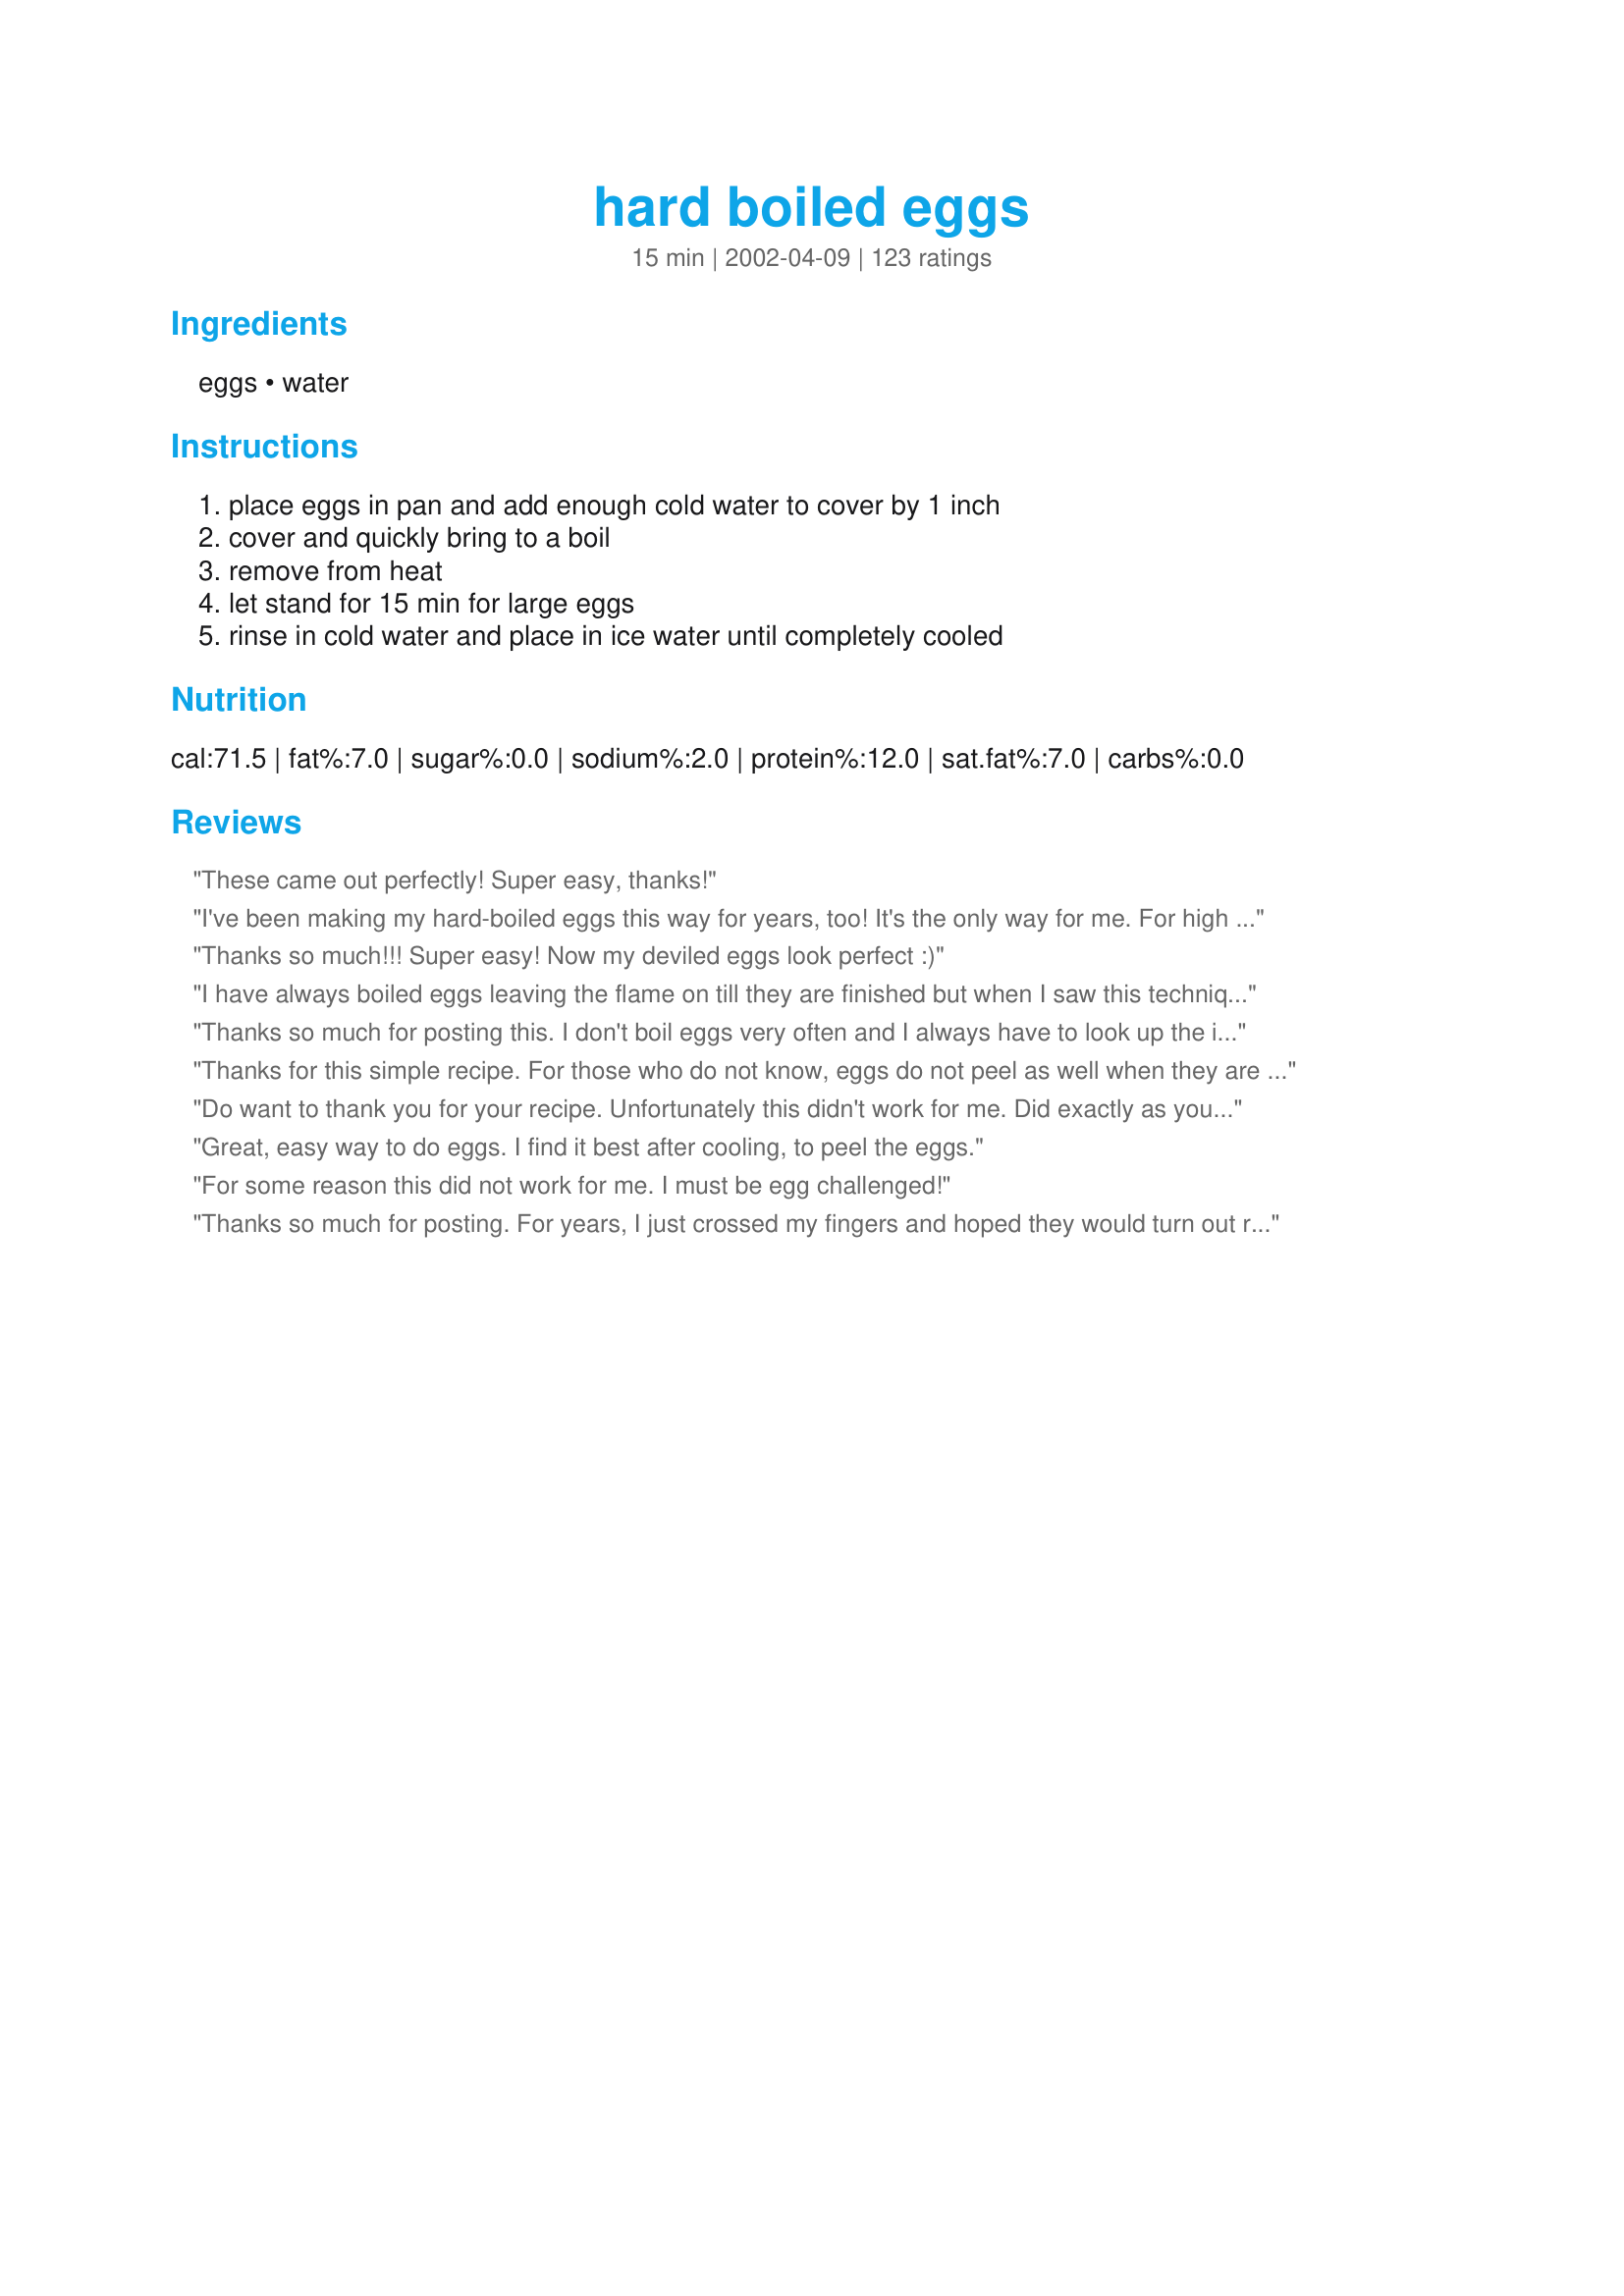
hard boiled eggs
Preparation time: 15 minutes

Ingredients:
eggs, water

Steps:
place eggs in pan and add enough cold water to cover by 1 inch, cover and quickly bring to a boil, remove from heat, let stand for 15 min for large eggs, rinse in cold water and place in ice water until completely cooled

Reviews:
These came out perfectly! Super easy, thanks!
I've been making my hard-boiled eggs this way for years, too! It's the only way for me. For high altitude in Colo. I bring to a full boil for 1 minute and then cover and rest for 18 minutes. In regular altitude I let rest for 14 minutes. I use the large eggs. I make a lot of egg salad and highly recommend this way.

Roxygirl in Colo.
Thanks so much!!! Super easy! Now my deviled eggs look perfect :)
I have always boiled eggs leaving the flame on till they are finished but when I saw this technique I just had to try it. It worked perfectly! Beautiful hard boiled egg without using all that gas. I will use this method often. Thanks for sharing.
Thanks so much for posting this. I don't boil eggs very often and I always have to look up the instructions.
Thanks for this simple recipe. For those who do not know, eggs do not peel as well when they are too fresh. If you let them sit in your fridge for a couple of weeks first, or buy them closer to their due date, then they will peel much more easily. This is fairly commonly known.
Do want to thank you for your recipe. Unfortunately this didn't work for me. Did exactly as your recipe specifies using regular sized eggs, not large or jumbo. I've tried different methods, but never seem to get it right. Could my problem be that we live in high altitude? From all the reviews you have received, it should have worked. Help!! I've even been told by an elderly rancher that the eggs must be old eggs, not newly layed and that doesn't work either.
Great, easy way to do eggs. I find it best after cooling, to peel the eggs.
For some reason this did not work for me. I must be egg challenged!
Thanks so much for posting. For years, I just crossed my fingers and hoped they would turn out right. I've spent hours slowly peeling tiny specks of shell just to have big chunks of the egg white come off with them. (Makes for very ugly deviled eggs!) I've tried this method 3 times now, and it was perfect peeling every time. Thanks!
First time, and perfect! I did 3 and it works with the same great results. 70 years old, and I never boiled a perfect egg until now! I thought the yokes were supposed to be green, the eggs as hard as a rubber ball, and the peeling to make you return to church on a regular basis to beg forgiveness for all the bad words that spewed from your mouth while you were peeling the eggs. Guess I will still go to church, its part of my life now, we just have to pray for those souls that did not find this recipe in their young age. Well, I guess it's true, the best does come last. Thanks shortstuff!
This recipe was just great. I've ALWAYS had problems hard boiling eggs but I've finally found a recipe that worked for me!!! The eggs I used were HUGE and I ended up leaving them in for 20 minutes. They were fully cooked and most of them peeled easily. I did add a splash of vinegar as another reviewer suggested. Thanks for finally helping me to conquer hard-boiled eggs!!!
I used to get SO SO SO frustrated by trying to boil eggs. I like my eggs to peel easy and I like them to be cooked all the way through. This recipe does both of those! I am so thankful for this technique.
the only thing i can add....

keep the lid on the pan during the 15 minutes....this allows the steam to finish the cooking procedure....
Perfect Egg! Thanks!
This is how I hard-boil my eggs and they come out EGGcellent everytime. I don't know what planet "jiva das" is from but when I make hardboiled eggs I don't have all day to wait for them to be done...however the pickle juice does sound interesting in making the deviled eggs.
Worked great, thanks!
Simply outstanding, works every time and shells are easily removed. Thanks for sharing!
Didn't work for me. Inside wasn't cooked.
Ok, I know what your thinking, A recipe for boiling eggs ha ha!! But this "method" really does work great. In the past I would just boil for awhile and get eggs that were green or overdone. This does not happen with this recipe. Thanks for tip.
Sorry...I just dumped 8 raw eggs after using this method. This is the 2nd time of tried this type of method for hard boiled eggs and both times it didn't work at all. I brought eggs to a rolling boil and put lid on and let sit for 18 minutes (for large eggs!) and still the yolks weren't done in the center. They peeled nicely...but not done. I never really had a method for hardboiled eggs other than to just lightly boil it for about 15 minutes. Always turned out fine (maybe a bit overdone on the yolk or a bit hard to peel) but at least I knew they were going to come out done. I wanted this to work for me since it gave set parameters and my other method was pure luck. I think I have to go back to my old method until I find something more certain since I don't like throwing away eggs. Thanks anyway! EDIT: For anyone experiencing my problem, you can try Kittencal's Perfect Hard-Boiled Eggs Recipe #259573. I cooked and peeled my first perfect egg using this method instead.
Easy and came out perfect!
Thank you all so much for these tips - Gram's potato salad looks as good as it tastes for once without the dark rings around the eggs!!! This type of info is invaluable & believe it or not, everyone does not know these things....
Perfect!
This is exactly the way my mom taught me to make them! They come put perfect every time. If you crack them and peel them in water, they peel really easily too...

Thanks for sharing :)

Linda
Thanks for a great easy method on cooking something so simple. Worked for me and I'll make my hard-boiled eggs this way all the time!
I have always guessed about the details for hard boiling an egg, and now I don't have to guess anymore! This turned out perfectly! Thanks!
I do this all the time. It makes perfect hard boiled eggs without the green sulfur ring (from overcooking them. Saves energy too. I let my rice cooker do double duty by putting eggs in with my washed rice; when the rice is done, so are the eggs and it all gets done without the extra pot to clean (although the rice does stick to the egg shells).
This works great! Used this method for doing the hard boiled eggs for dyeing eggs. Thanks!
I always just put aggs in water and let it stay in boiling water for 12-15 minutes but this was easier! Didn't have to watch it after it boiled. The yolk was a nice yellow (not that green color) Thanks!
This is basically how I do it. Except I bring to boil,leave on stove(electric)element, cover for 20 min. Drain water out and replace with crushed or regular ice cubes. Let cool and will peel easily.
This worked well. I had learned this method in the past but forgotten to write it down. So glad you posted it so that it's at my fingertips. Thanks shortstuff.
Perfection every time! Thanks for posting!
I LOVE this method. You get perfect eggs every single time. Thank you!
Might as well say it again - perfect!
Thanks for posting this wonderful instruction for hard-boiled "perfect" eggs. I followed this exactly, (mine were medium) and let sit for exactly 12 minutes, dipped right into the ice water/ice bath, let sit for 20 minutes, peel came right off after cracking and presto! a perfect hard-boiled egg. Thanks! Made for *I Recommend* tag game. June 2009
I'm wary of bring eggs to a boil in water, since this prolongs their exposure to heat, which is what turns the sulphur in them that lovely shade of green! I was taught to cook both by my Mom and other chef-type professionals, and I still boil eggs the following way: choose the smallest pan you have for the number of eggs you want to HB, you don't want them to bump around too much while they simmer. Cover the eggs with water; remove eggs. Bring water to a boil, add a dash of plain vinegar, and gently lower eggs into the boiling water and simmer for 12 minutes. Rinse eggs and cool in cold running water until they are aren't giving off any more heat, or alternately, immerse in ice water.
No grey ring and easy to peel. Perfect! Thanks for posting your technique.
These eggs almost peeled themselves and the yolk was the most beautiful yellow color ever! I will be using this method from now on! I put in a bit of vinegar just to be safe. Thank you so much!
Thanks for this post! I needed hard boiled eggs for another recipe and realized I'd never made them and no clue regarding technique and timing. I followed these directions precisely for large eggs and they were perfect!
I,for one, appreciate this recipe being posted. My hard boiled eggs have never turned out "just right" and with this recipe they are perfect every time. The shells remove easily, the insides are cooked all the way through and aren't too dry,etc. I appreciate you posting this recipe! It worked great for us :)
This works great. It's just hard for me to decide how long to let stand in the hot water because I have different sized fresh eggs. Some work for me and some are hard to get the shell off, BUT- NO GREEN STUFF!!! TY!
This was SO easy and really, really helped with the peeling process. I used it to make hard boiled eggs for Recipe #97190. Thanks for sharing!
Thumbs up to someone for adding a basic recipie.. not only do beginner cookers need to know this, but some of us can use a refresher at times, too!
I love how easy this method is--especially since I always have trouble knowing if my eggs are cooked so I overcook to compensate ;). That said, mine had a tiny touch of softness in the center of the yolk, so if you like your eggs well done I would leave them in the water for a few extra minutes. Thanks for posting! Made for Top Favorites of 2009 tag.
Perfect recipe - this is my new standard for hard-boiled eggs. They came out absolutely perfect and, in turn, made a fabulous egg salad sandwich. Thanks for this keeper!! :-)
Very nice! Thanks for posting this. This is a great recipe to take the guess work out of hard boiled eggs.
I made eggs the other day, and talk about a ragged mess. I remembered a recipe on Zaar that people raved about, and wasn't sure it was this one. I'm still not sure, BUT THIS IS WONDERFUL. I had put the eggs in water last nite, and forgotten them. Two eggs were cracked when I began this recipe. Even those two eggs came out perfect. The shells came off easy, and almost in one piece. No raggedy pieces. I've been making boiled eggs for 50 years now, and this absolutely was the best way to cook them. Thanks, shortstuff, for this "recipe".
I didn't know one needed a recipe to boil an egg. Is there one for boiling water that I missed?
I still give it 5 stars but the recipe needs to be re-reviewed as its not for hard boiled eggs but "hard cooked"... and the recipes source is actually from the incredible egg company which has recently posted the recipe on facebook which was obviously not available back when the recipe was posted...<br/><br/>http://www.facebook.com/photo.php?fbid=376643422701&set=a.376643132701.156601.46672017701
This method didn't work for me. Maybe an altitude problem. The yolks were slightly undercooked and the shells stuck to the whites. They were okay sliced up in potato salad or just for eating on their own, but they definitely weren't going to cut it for deviled eggs like I planned. DH made a new batch. He boiled the water before adding the eggs and let them simmer over low heat, then cooled them in ice water. They turned out much better his way. Thanks anyway.
This is no way to cook eggs!
 First, use a pin to punch a hole in the big end of the eggs. This prevents cracking, that is caused by expansion of the air bubble in the big end.
 Cover the eggs well with COLD water. Cover the pan, and bring to a boil over medium heat (this method works only on an electric stove). As soon as the water is bopiling, turn off the heat. Leave the pot on the element.
 After some hours, once the water is at room temperature, peel the eggs (use a spoon to crack the shell all over, then, under a running tap, roll the egg between your palms. The shell can then be easily removed.
 DEVILED: Slice an egg lengthwise. Spoon out the yolk. Repeat for the rest of the eggs.
Add a spoon of DILL PICKLE JUICE (!), season to taste, mash the lot with a fork, and spoon into the egg-white halves. Or use CURRY instead of the pickle brine. Or EXPERIMENT!
The yolks turned out perfect, but peeling these eggs didn't work too well. Too much of the whites came off.
Perfect hard-boiled eggs. Thanks for posting this simple, yet essential recipe.
This is how I always make my eggs...the yolks are a beautiful yellow with none of that gross grey ring! It works for as many eggs you need...from 1- as many will fit in your pot. Great technique that is fool proof each and every time!!!
I gave this 5 stars. Almost like I do mine. I set my eggs and water on the stove turn on the heat and when the water begins to boil I boil my eggs for 20 minutes. Perfect eggs every time. I remove them from the hot water place in cold ice water to cool. This makes removing the shells so much easier. Thanks for posting a great recipe. Christine (internetnut)
Finally! My eggs turned out perfect this way.
Thanks so much for posting this kitchen basic. It's not every day that I boil eggs so when I needed to prepare Easter eggs for coloring, I couldn't remember how! Thanks again for helping me remember!
Oh my this is PERFECT! I just got done with my eggs for my potato salad and they are great, no gross green stuff at all. I followed your directions exactly and they were really perfect! I wanted to make them into deviled eggs, but I needed them for my potato salad, darn! I will use this recipe from now on! Its going in my most loved recipe folder. Thanks a bunch shortstuff.... oh and I sampled a few of the eggs that fell out of the bowl, EXCELLENT!
Thank you, thank you, thank you! Usually when I make devilled eggs, they are masacared. This time, they are perfectly smooth! My husband wondered what I was doing cooking eggs that way, but it worked great and now he's a convert, too!
I have to say that this method does not work at high altitude. I'm at 6800ft above sea level and these were still soft in the middle.
Pretty much the way I've done mine for the last fifty years, the only exception is that usually let them sit for twenty minutes. I tried the fifteen as suggested and they were fine. Made for the Easter Egg Hunt 2009.
This is how I have always made hard boiled eggs, and I think it is the best method. For those who are having a hard time peeling their eggs - it is not the method, it is your eggs :)
For hard-boiled eggs you should use eggs that are at least a week old. Peeling really fresh hard-boiled eggs is hard â€” the inner skin is really taut, making it very hard to get the shell and skin off. When the egg is a week old the skin slackens and itâ€™s easier to peel. As for eggs not being cooked all the way in the center - make sure you bring the eggs to a ROLLING boil, not just a simmer, then take them off the heat.
Sorry I have tried this method repeatedly and it does not work for me. Two of the five eggs peeled nicely. The rest looked awful. Thankfully I am not using them for deviled eggs.
I add a tablespoon of vinegar to the water for easy peeling. Scientifically the vinegar begins to break down the shell so it makes sense to me. Otherwise this method gives perfectly boiled eggs every time.
This is the best method for hard-boiled eggs! I have been doing it this way for years with perfect results every time. Thanks for posting!
I read this method of hard boiling eggs several years ago, and I've used it ever since. No more ugly yolks or problems peeling the eggs when they're done this way!
Thanks for posting! I've been using this sure-fire method for a while, but always forget if I start with hot or cold water. I find that peeling the eggs as soon as they are done works the best for me. I roll them on the counter to break the shell then it normally comes off in one large chunk. Careful, they are hot!
PERFECT eggs!! Have never made eggs without yellow yolks!! THANK YOU!!!
Worked for me. And yes, I do need a recipe to boil eggs that don't have the grey ring.
I'm not going to give this a rating, as I don't think my experience is a fair judge of this method. I used guinea hen eggs, which have incredibly HARD shells, and I had a heck of a time peeling them. Could just be the guinea eggs. They were cooked nicely though. :^)
Thanks for posting something that seems so simple. It really was helpful in getting my eggs to peel. Thanks again!
I followed the recipe as written other then I only used nine eggs. They were perfect.
This method worked great for me! The eggs couldn't have been more perfect. Thank you!!!!!
This is the best way to hard boil! NO green on the yolk whatsoever!
All I can say is Thank You...Thank You & Thank You!!! I had pretty much given up on hard boiled eggs because of peeling, it can be so frustrating but I have used this method twice now and perfect both times, looking forward to making deviled eggs for the holidays!!
Perfect !!
After many years of making "gross" boiled eggs, I came across this recipe (from somewhere else...can't remember right now) and this recipe makes the perfect boiled eggs every single time!!!!!! Thanks for posting!
Thank you for posting this recipe! I knew there was a way to make hard boiled eggs starting with cold water, but couldn't remember how. Easy to do and quick!
I'm not sure what happened, I followed the directions to a T but my eggs would not peel. I wasted most of my egg whites because it wouldn't peel. I used my older eggs. I gave this 3 stars because I'm not done with this recipe, I am planning on trying the method again and if it works out better I will upgrade my review. I too must be egg challenged....lol. Thank for posting the method, I know it must work from all the reviews, so I will try again soon.
I have been boiling my eggs like this for years and it always works like a charm EXCEPT when you are using really fresh eggs. We used to have chickens and one of the first things I learned was that fresh eggs are hard to peel and will not whip up as well. Maybe that's why Shelly #5 had trouble.
This worked pretty well for me. Some of the egg white peeled off but not alot. I'll conitnue to use this method for boiling eggs; so far it is the best I have found.
DD just used this recipe and it worked perfectly for her. She had them for breakfast, so didn't cool, just peeled them warm and ate. Thanks for a great method that we'll continue to use!
Perfect hard boiled eggs. Thanks.
Yeah I can finally get perfect hard boiled eggs and just in time for easter. Thank you I have serious hard boiled egg issues but not any longer, they came out perfect.
This is exactly how I have made my hard boiled eggs for years. They always turn out great.
worked like a charm! thanks... this is the only way I hard boil eggs now
I thought for sure that I would be the only one trying to find out how to make hard bolied eggs. I am relieved to see that I'm not the only one. As you can tell from my screen name, I am new to the ol' steel box in the kitchen...THANKS for the help! This site is GREAT!!! You all are wonderful!!!
Perfect eggs. Thanks a lot! I've always messed this up in the past even though it's so simple.
Hooray! Love that someone had enough "guts" to tell me how to cook the "guts" of my eggs! Appreciate it!

Perfect! I just learned this recently! Thanks.
Egg shells stuck for me but the eggs were perfectly cooked, I'll try again.
I never had eggs that came out of the shell right before. These were the best ever.
Worked perfectly. Thanks!
Cooked exactly as dirested and when my son went to crack and peel the white was extremly soft and the yolk was medium.
PERFECT!!! They worked out wonderfully! Thank you! Now, do you have a recipe to keep a 5 year old from getting dye everywhere? Hehe...we'll see how that works.
I had to get into the discussion on this one! I have always been told to start the eggs in cold water,add few drops vinegar should one crack this seals it, bring to boil, turn off heat, cover and let stand 10-15 mins. Run under cold running water, add ice to water to get the eggs cold as soon as possible, this will ensure fluffy tender yolks, and tender whites, but also eliminates the black ring that occurs around the yolk if you don't cool the eggs. Tap the eggs on the counter top and roll them with the palm of your hand and under running cold water the shells will peel right off. I know this is basic stuff to us old uns, but please remember all the newlyweds, and those new to cooking, these tips make all the difference in the results they get.
Thank you for helping a batchelor out.
Thanks for posting. I've ready so many different ways to do eggs, but this one works like a charm.
My go-to method for perfect hard boiled eggs!
Perfect hard-boiled eggs every time. This is how I do mine as well. Thanks for posting.
Shortstuff I would give you 10 stars if I could. From reading all the reviews, it seems to me that all of a sudden, expert egg boilers are coming out from all over the world. This IS an expert recipe IMHO and for all of the negative remarks from all the so-called experts, don't knock it until you try it...AND why not post yours so that the world can see it instead of tearing down someone else's version.
Can you believe I've been cooking for my family for almost 25 years and have never been able to get the hard boiled eggs right?! Thanks so much for this recipe, shortstuff! I know it's basic to most, but some of us needed this. They turn out perfect every time.
The eggs come out perfect every time! Thanks!
These eggs were great! The whites were perfectly set and the yolks were firm and still "yolky" tasting, not all dry and tastless like mine usually are. Double Yum!
I used your instructions to cook eggs for Easter this year & just couldn’t wait to try one. 
I have to say that they are the best boiled eggs that I have tasted. It’s hard to imagine that I am describing eggs when I say that they are just totally luscious. The whites are delicate and the yolks simply melt in your mouth. I am going to tell everyone to cook their eggs this way. Thanks so much for posting.

Thanks for posting this! I'd seen Alton Brown use the same method on Food Network, and wanted to use it when I made devilled eggs this past Easter. But I couldn't remember the particulars. Here they are though! Makes perfect eggs, and is very easy. No green slimy gunk on the yolks! Thanks again!
Oh, I wanted to have perfect eggs, but I kinda had a bad feeling when 1 egg cracked just before the water came to a boil. Being large eggs, I let them sit for 18 minutes, then plunged them into cold water. Once I cracked them, some of the egg whites came off with the shell. We must have pretty hardy eggs up here in Canuck land!!!
This is the only way I hard boil an egg. Turns out perfect every time.
Didn't come out how others said. I still had issues peeling and the yolk wasn't completely cooked. I'll have to try this recipe again later in the week.
Thanks for posting this. I live in Colorado and followed Roxygirl in Colorado suggestion on boiling for one minute and then cover and let rest for 18 minutes. These eggs come out perfect. Great idea of rinsing in cold water and using ice cubes. Yolks come out a nice yellow color .
Wonderful recipe, worked very well for me. Thank you for posting. Got alot easier for me when somone mentioned peeling them under running water.
I cant believe I forgot to rate these eggs.. I have been using this for about 6 mo. now and had to look again for the time to cook. these eggs are perfet everytime, cant go wrong with this one. Tried and true I use this recipe about once a week. thank you so much for posting.
Worked for me! Great for newbie cooks like myself.
These instructions are great- thanks! I am new to cooking, so I really appreciate simple recipes/instructions. My eggs came out perfect this way.

To peel the shells off, I lightly smashed the egg against my counter, and then rolled it back and forth several times. The shells came right off.
This has been my bookmarked go-to hard boiled egg recipe ever since you posted it in 2002 and I just noticed today that I never reveiwed it! These eggs turn out perfect every time. Thanks for taking the time to post this here. I can never remember the technique from one time to the next, so I'm grateful to have this one saved in my recipe box.
As an update - I continue to use this method and it&#039;s never failed me. Love it!!&lt;br/&gt;Had to add my rating for this great tip on hard boiling eggs. I followed the instructions exactly letting mine (farm fresh medium to large sized eggs) sit for 18 min as they where of varing sizes. Came out so nice with no green around the edges. Peeled easier than most fresh eggs and I was very pleased with the outcome. I used this method to make my own recipe for Smoked salmon deviled eggs and I can&#039;t thank you enough for posting this recipe
I've only ever had to boil eggs a few times to chop up for salads, which was a good thing cuz they always turned out half cooked or torn apart when peeling the shells! (and let's not forget that wonderful black rim around the yolks)... this method has taken all the guess-work out and the eggs turned out so perfectly I'm now confident enough to make deviled eggs!
perfect!
I use to scringe at the thought of making deviled eggs because I always had trouble peeling them, but I have been using this method for a number of years now. My Brother-in-law has chickens, so we get plenty of eggs. To tell if an egg is bad, put raw eggs in water, they should sink to the bottom, if it floats, toss it!!
Perfect every time!!
This is the only way I make hard boiled eggs. Works great every time.
Perfect 5 STAR way to boil eggs. Very easy. Made two for my 1 year old and the other four to make #297900. This is the way I will boil eggs from now on! Thankssss!!! :D
